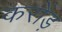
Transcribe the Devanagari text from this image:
करोंड़